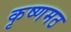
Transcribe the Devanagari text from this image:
कृष्णमठ